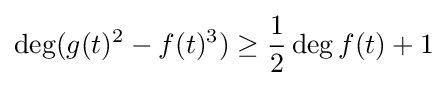
\deg(g(t)^{2}-f(t)^{3})\geq {\frac {1}{2}}\deg f(t)+1